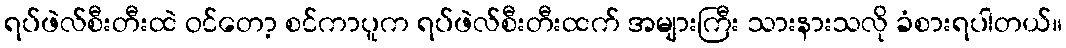
ရပ်ဖဲလ်စီးတီးထဲ ဝင်တော့ စင်ကာပူက ရပ်ဖဲလ်စီးတီးထက် အများကြီး သားနားသလို ခံစားရပါတယ်။